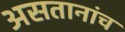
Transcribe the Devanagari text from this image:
असतानांच